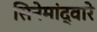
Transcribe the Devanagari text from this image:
सिनेमांद्वारे